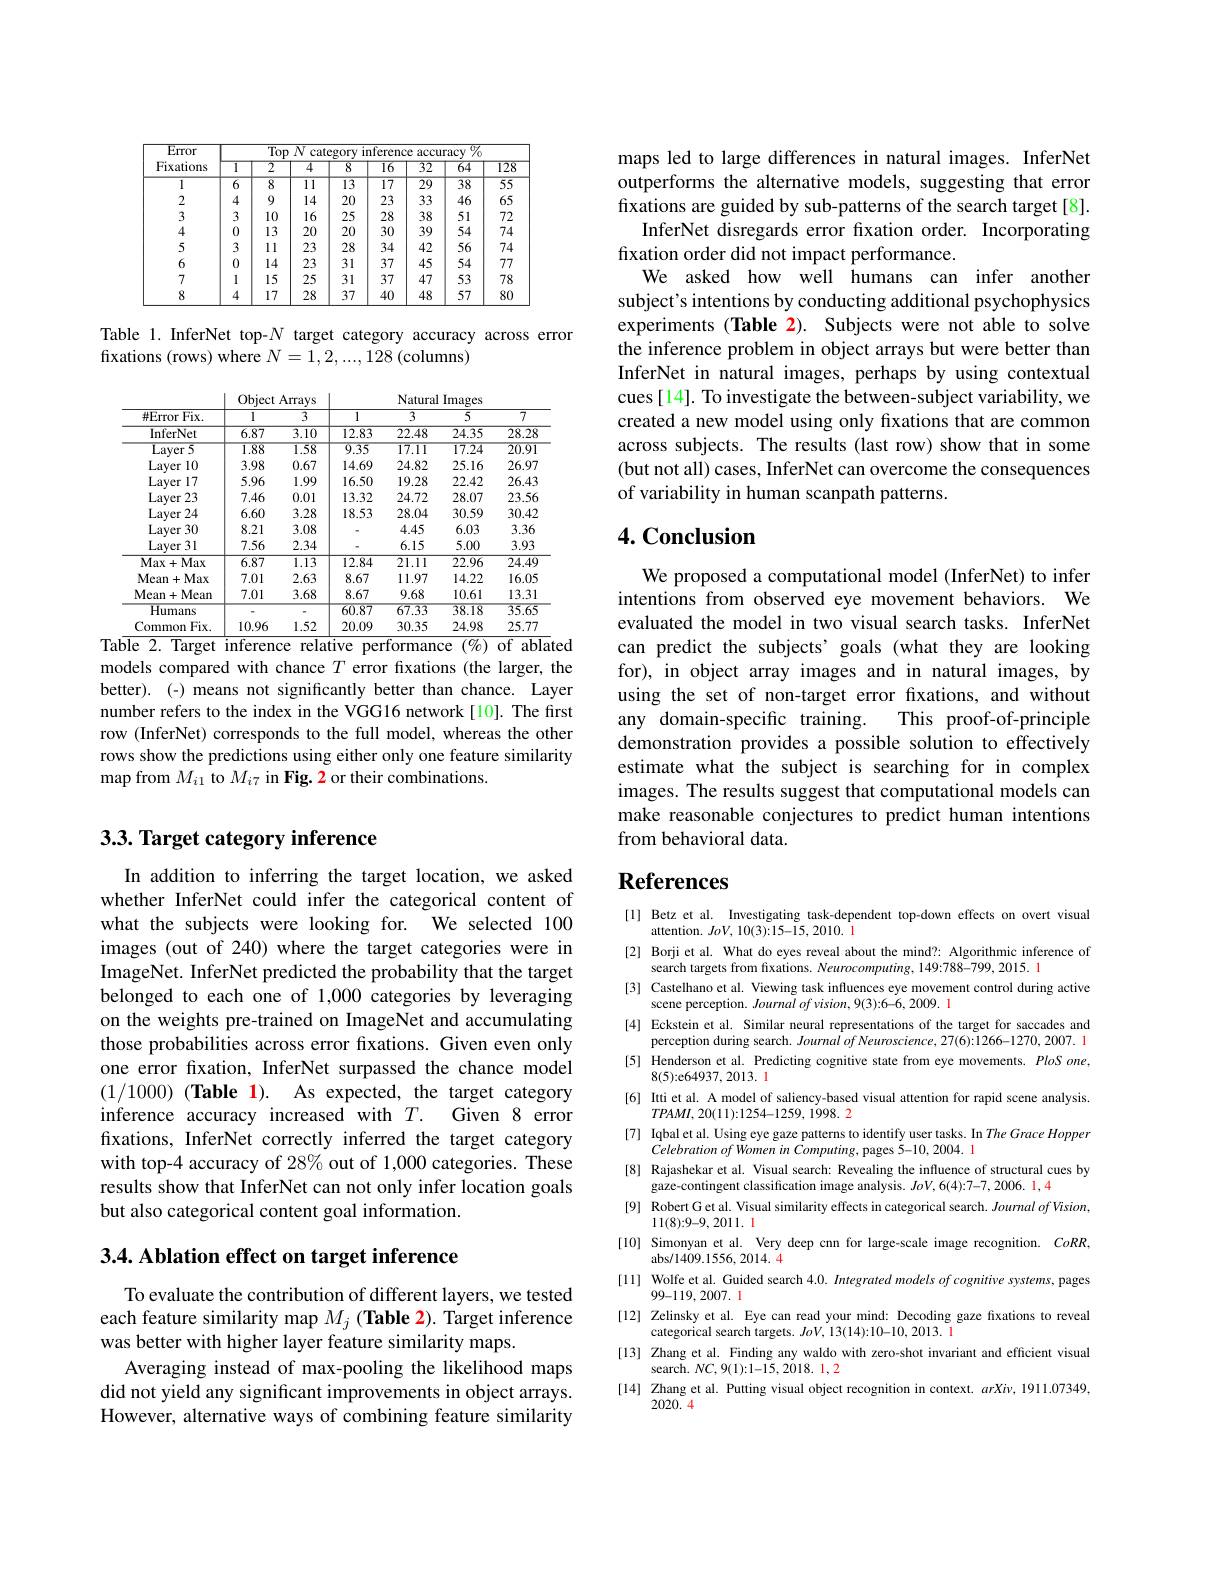
<table>
	<tbody>
		<tr>
			<th rowspan="2">Error Fixations</th>
			<th colspan="8">Top N $\overline{{\mathrm{curacy~}^{0}/_{0}}}$ catc</th>
		</tr>
		<tr>
			<th>T</th>
			<th>$\overline{2}$</th>
			<th>4</th>
			<th>8</th>
			<th>$\overline{16}$</th>
			<th>$\overline{32}$</th>
			<th>64</th>
			<th>128</th>
		</tr>
		<tr>
			<td>1</td>
			<td>$\overline{6}$</td>
			<td>$\overline{8}$</td>
			<td>$\overline{11}$ 1</td>
			<td>13</td>
			<td>$\overline{17}$</td>
			<td>$\overline{29}$</td>
			<td>38</td>
			<td>55</td>
		</tr>
		<tr>
			<td>2</td>
			<td>4</td>
			<td>9</td>
			<td>14</td>
			<td>20</td>
			<td>23</td>
			<td>33</td>
			<td>46</td>
			<td>65</td>
		</tr>
		<tr>
			<td>3</td>
			<td>3</td>
			<td>10</td>
			<td>16</td>
			<td>25</td>
			<td>28</td>
			<td>38</td>
			<td>51</td>
			<td>72</td>
		</tr>
		<tr>
			<td>4</td>
			<td>0</td>
			<td>13</td>
			<td>20</td>
			<td>20</td>
			<td>30</td>
			<td>39</td>
			<td>54</td>
			<td>74</td>
		</tr>
		<tr>
			<td>5</td>
			<td>3</td>
			<td>ll</td>
			<td>23</td>
			<td>28</td>
			<td>34</td>
			<td>42</td>
			<td>56</td>
			<td>74</td>
		</tr>
		<tr>
			<td>6</td>
			<td>0</td>
			<td>14</td>
			<td>23</td>
			<td>31</td>
			<td>37</td>
			<td>45</td>
			<td>54</td>
			<td>777</td>
		</tr>
		<tr>
			<td>7</td>
			<td>1</td>
			<td>15</td>
			<td>25</td>
			<td>31</td>
			<td>37</td>
			<td>47</td>
			<td>53</td>
			<td>78</td>
		</tr>
		<tr>
			<td>8</td>
			<td>4</td>
			<td>17</td>
			<td>28</td>
			<td>37</td>
			<td>40</td>
			<td>48</td>
			<td>57</td>
			<td>80</td>
		</tr>
	</tbody>
</table>

Table 1. InferNet top-$N$ target category accuracy across error
fixations (rows) where $N=1,2,...,128$ (columns)

<table>
	<tbody>
		<tr>
			<th>#Error $rFix.$</th>
			<th>1</th>
			<th>$\overline{3}$</th>
			<th>1</th>
			<th>$\overline{3}$</th>
			<th>5</th>
			<th>$\overline{7}$</th>
		</tr>
		<tr>
			<td>InferNet</td>
			<td>6.87</td>
			<td>$\overline{3.10}$</td>
			<td>12.83</td>
			<td>22.48</td>
			<td>24.35</td>
			<td>28.28</td>
		</tr>
		<tr>
			<td>Layer5</td>
			<td>1.88</td>
			<td>1.58</td>
			<td>9.35</td>
			<td>17.11</td>
			<td>17.24</td>
			<td>20.91</td>
		</tr>
		<tr>
			<td>Laver 10</td>
			<td>3.98</td>
			<td>0.67</td>
			<td>14.69</td>
			<td>24.82</td>
			<td>25.16</td>
			<td>26.97</td>
		</tr>
		<tr>
			<td>Laver $\cdot17$</td>
			<td>5.96</td>
			<td>1.99</td>
			<td>16.50</td>
			<td>19.28</td>
			<td>22.42</td>
			<td>26.43</td>
		</tr>
		<tr>
			<td>Laver r23 1</td>
			<td>7.46</td>
			<td>0.01</td>
			<td>13.32</td>
			<td>24.72</td>
			<td>28.07</td>
			<td>23.56</td>
		</tr>
		<tr>
			<td>Laver $r24$</td>
			<td>6.60</td>
			<td>3.28</td>
			<td>18.53</td>
			<td>28.04</td>
			<td>30.59</td>
			<td>30.42</td>
		</tr>
		<tr>
			<td>Laver r30 1</td>
			<td>8.21</td>
			<td>3.08</td>
			<td> </td>
			<td>4.45</td>
			<td>6.03</td>
			<td>3.36</td>
		</tr>
		<tr>
			<td>Layer 31</td>
			<td>7.56</td>
			<td>2.34</td>
			<td> </td>
			<td>6.15</td>
			<td>5.00</td>
			<td>3.93</td>
		</tr>
		<tr>
			<td>Max+ Max</td>
			<td>$\overline{6.87}$</td>
			<td>$\overline{1.13}$</td>
			<td>12.84</td>
			<td>21.11</td>
			<td>22.96</td>
			<td>$\overline{24.49}$</td>
		</tr>
		<tr>
			<td>Mean+ Max</td>
			<td>7.01</td>
			<td>2.63</td>
			<td>8.67</td>
			<td>11.97</td>
			<td>14.22</td>
			<td>16.05</td>
		</tr>
		<tr>
			<td>$Mean+$ Mean</td>
			<td>7.01</td>
			<td>3.68</td>
			<td>8.67</td>
			<td>9.68</td>
			<td>10.61</td>
			<td>13.31</td>
		</tr>
		<tr>
			<td>Humans</td>
			<td> </td>
			<td> </td>
			<td>60.87</td>
			<td>67.33</td>
			<td>38.18</td>
			<td>35.65</td>
		</tr>
		<tr>
			<td>Common $Fix.$</td>
			<td>10.96</td>
			<td>1.52</td>
			<td>20.09</td>
			<td>30.35</td>
			<td>24.98</td>
			<td>25.77</td>
		</tr>
	</tbody>
</table>

$\overline{\mathrm{Target~inference~relative~performance~(\%)~of~ablated}}$

models compared with chance $T$ error fxations (the larger, the better).(-) means not significantly better than chance. Layer number refers to the index in the VGG16 network [10]. The first row (InferNet) corresponds to the full model, whereas the other rows show the predictions using either only one feature similarity map from $M_{i1}$ to $M_{i7}$ in Fig. 2 or their combinations.

## $3. 3. \textbf{ Target category inference}$

In addition to inferring the target location, we asked whether InferNet could infer the categorical content of what the subjects were looking for. We selected 100 images (out of 240) where the target categories were in ImageNet. InferNet predicted the probability that the target belonged to each one of 1,000 categories by leveraging on the weights pre-trained on ImageNet and accumulating those probabilities across error fxations. Given even only one error fxation, InferNet surpassed the chance model (1/1000) (Table 1). As expected, the target category inference accuracy increased with $T.$ Given 8 error fixations, InferNet correctly inferred the target category with top-4 accuracy of 28% out of 1,000 categories. These results show that InferNet can not only infer location goals but also categorical content goal information

## 3.4. Ablation effect on target inference

To evaluate the contribution of different layers, we tested each feature similarity map $M_j$ (Table 2). Target inference was better with higher layer feature similarity maps.
Averaging instead of max-pooling the likelihood maps did not yield any significant improvements in object arrays. However, alternative ways of combining feature similarity

maps led to large differences in natural images. InferNet outperforms the alternative models, suggesting that error fixations are guided by sub-patterns of the search target[8].
InferNet disregards error fixation order. Incorporating
fixation order did not impact performance.
We asked how well humans can infer another subject's intentions by conducting additional psychophysics experiments (Table 2). Subjects were not able to solve the inference problem in object arrays but were better than InferNet in natural images, perhaps by using contextual cues[14]. To investigate the between-subject variability, we created a new model using only fixations that are common across subjects. The results (last row) show that in some (but not all) cases, InferNet can overcome the consequences of variability in human scanpath patterns.

# 4. Conclusion

We proposed a computational model (InferNet) to infer intentions from observed eye movement behaviors. We evaluated the model in two visual search tasks. InferNet can predict the subjects' goals (what they are looking for), in object array images and in natural images, by using the set of non-target error fixations, and without
This proof-of-principle
any domain-specific training.
demonstration provides a possible solution to effectively estimate what the subject is searching for in complex images. The results suggest that computational models can make reasonable conjectures to predict human intentions from behavioral data.

# References

[l] Betz et al. Investigating task-dependent top-down effects on overt visual
attention. $JoV,10(3):15-15,2010.$ l
[2] Borji et al. What do eyes reveal about the mind?: Algorithmic inference of
search targets from fixations. Neurocomputing, 149:788-799, 2015. 1
[3] Castelhano et al. Viewing task influences eye movement control during active
scene perception. Journal of vision, 9(3):6-6, 2009. l
[4] Eckstein et al. Similar neural representations of the target for saccades and
perception during search. Journal of Neuroscience, 27(6):1266-1270, 2007. 1 [5] Henderson et al. Predicting cognitive state from eye movements. PloS one,
8(5){:}e64937,2013.1
[6] Itti et al. A model of saliency-based visual attention for rapid scene analysis.
$TPAMI,20(11):1254-1259,1998.2$
[7] Iqbal et al. Using eye gaze patterns to identify user tasks. In The Grace Hopper
$\dot {Celebration}ofWomenin$ $\dot {Computing}$, $\dot{5} - 10, 2004.$ 1
[8] Rajashekar et al. Visual search: Revealing the influence of structural cues by
gaze-contingent classification image analysis. $JoV,6(4):7-7,2006.\color{red}{1,4}$
[9] Robert G et al. Visual similarity effects in categorical search. Joumal of Vision,
111(8):9-9,2011. l
[10] Simonyan et al. Very deep cnn for large-scale image recognition. $CoRR$,
abs/1409.1556,2014.4
[11] Wolfe et al. Guided search $4. 0. \textit{ Integrated models of cognitive systems,  pages}$
99-119,2007. l
[12] Zelinsky et al. Eye can read your mind: Decoding gaze fixations to reveal
categorical search targets. $JoV,13(14):10-10,2013.$ l
[13] Zhang et al. Finding any waldo with zero-shot invariant and efficient visual
search. $NC,9(1){:}1-\bar{15},2\dot{0}18.1,2$
[14] Zhang et al. Putting visual object recognition in context. $arXi\nu,1911.07349$,
2020.4